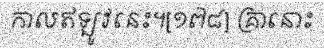
កាលឥឡូវនេះ។[១៧៨] គ្រានោះ